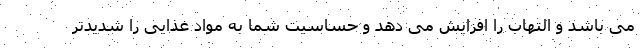
می باشد و التهاب را افزایش می دهد و حساسیت شما به مواد غذایی را شدیدتر